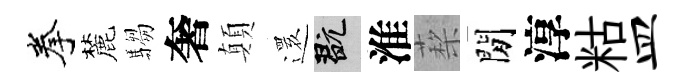
拳麓騶奢顛𮟃玩淮蔾閒淳䊀皿